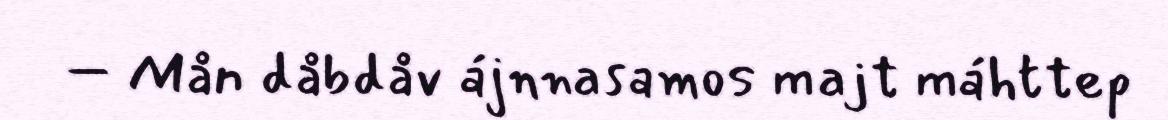
– Mån dåbdåv ájnnasamos majt máhttep